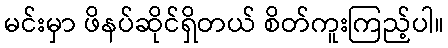
မင်းမှာ ဖိနပ်ဆိုင်ရှိတယ် စိတ်ကူးကြည့်ပါ။